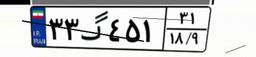
۳۳گ۴۵۱۳۱